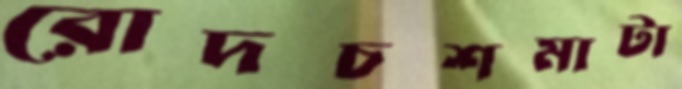
রোদচশমাটা